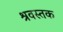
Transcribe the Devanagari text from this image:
श्रवस्तक